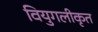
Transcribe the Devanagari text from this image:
वियुगलीकृत